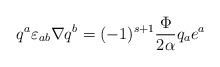
\begin{align*}q^a \varepsilon_{ab}\nabla q^b=(-1)^{s+1}{\Phi \over 2\alpha} q_a e^a\end{align*}